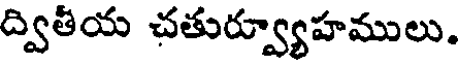
ద్వితీయ చతుర్వ్యూహములు.